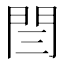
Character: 閆